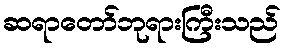
ဆရာတော်ဘုရားကြီးသည်